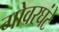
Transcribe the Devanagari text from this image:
गोवरघंटे